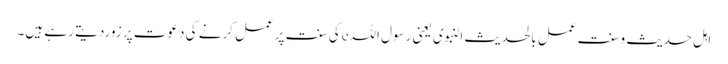
اہلِ حدیث وسنت عمل بالحدیث النبوی یعنی رسول اللہeکی سنت پرعمل کرنے کی دعوت پر زوردیتے رہے ہیں۔